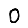
Digit: 0